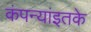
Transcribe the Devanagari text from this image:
कंपन्यांइतके